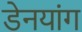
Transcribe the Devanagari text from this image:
डेनयांग